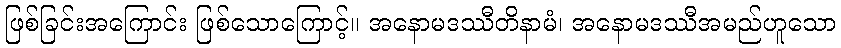
ဖြစ်ခြင်းအကြောင်း ဖြစ်သောကြောင့်။ အနောမဒဿီတိနာမံ၊ အနောမဒဿီအမည်ဟူသော